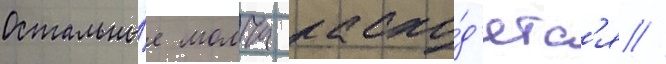
Остальны́е молча расхо́д'ятс'я //